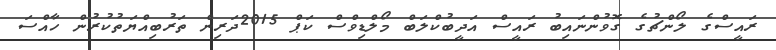
ރައީސްގެ ލޯންޗުގެ ގޮވުންނައިބު ރައީސް އަދީބުކްލަބް މޯލްޑިވްސް ކަޕް 2015ދަރިން ތަރުބިއްޔަތުކުރުން ހާއްސަ